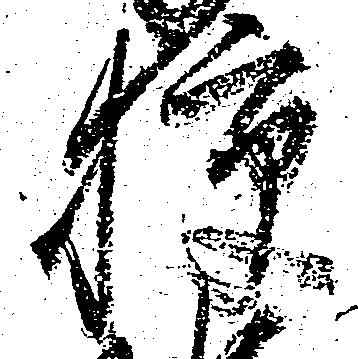
狭